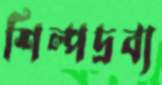
শিল্পদ্রব্য